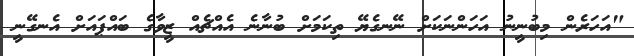
"އަހަރެން މިބުނީނު އަހަންނަކަށް ނޭނގެޔޭ ތިކަމަށް ބުނާނެ އެއްޗެއް ޒީވާގެ ބައްޕައަށް އެނގޭނީ